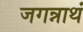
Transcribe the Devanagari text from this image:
जगन्नाथं